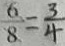
\frac { 6 } { 8 } = \frac { 3 } { 4 }